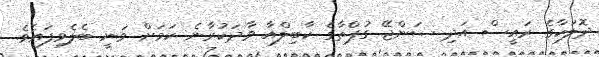
ދޮލަކާގެ ރައީސް އަދި ސަންޖޭ ގުޕްތާގެ ކާބިލްއާ ވާދަކުރާނެ ކަމަށް ވަނީ ބެލެވިފައެވެ.